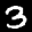
Label: 3